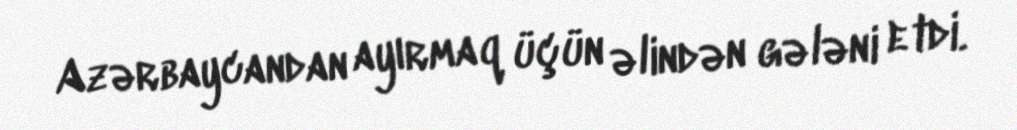
Azərbaycandan ayırmaq üçün əlindən gələni etdi.